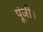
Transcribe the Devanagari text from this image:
पूंजी।